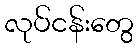
လုပ်ငန်းတွေ